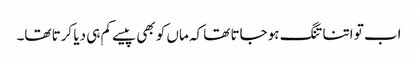
اب تو اتنا تنگ ہو جاتا تھا کہ ماں کو بھی پیسے کم ہی دیا کرتا تھا۔